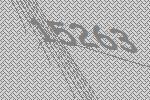
15263